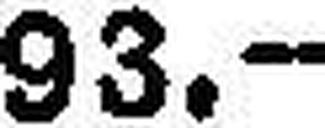
93.—